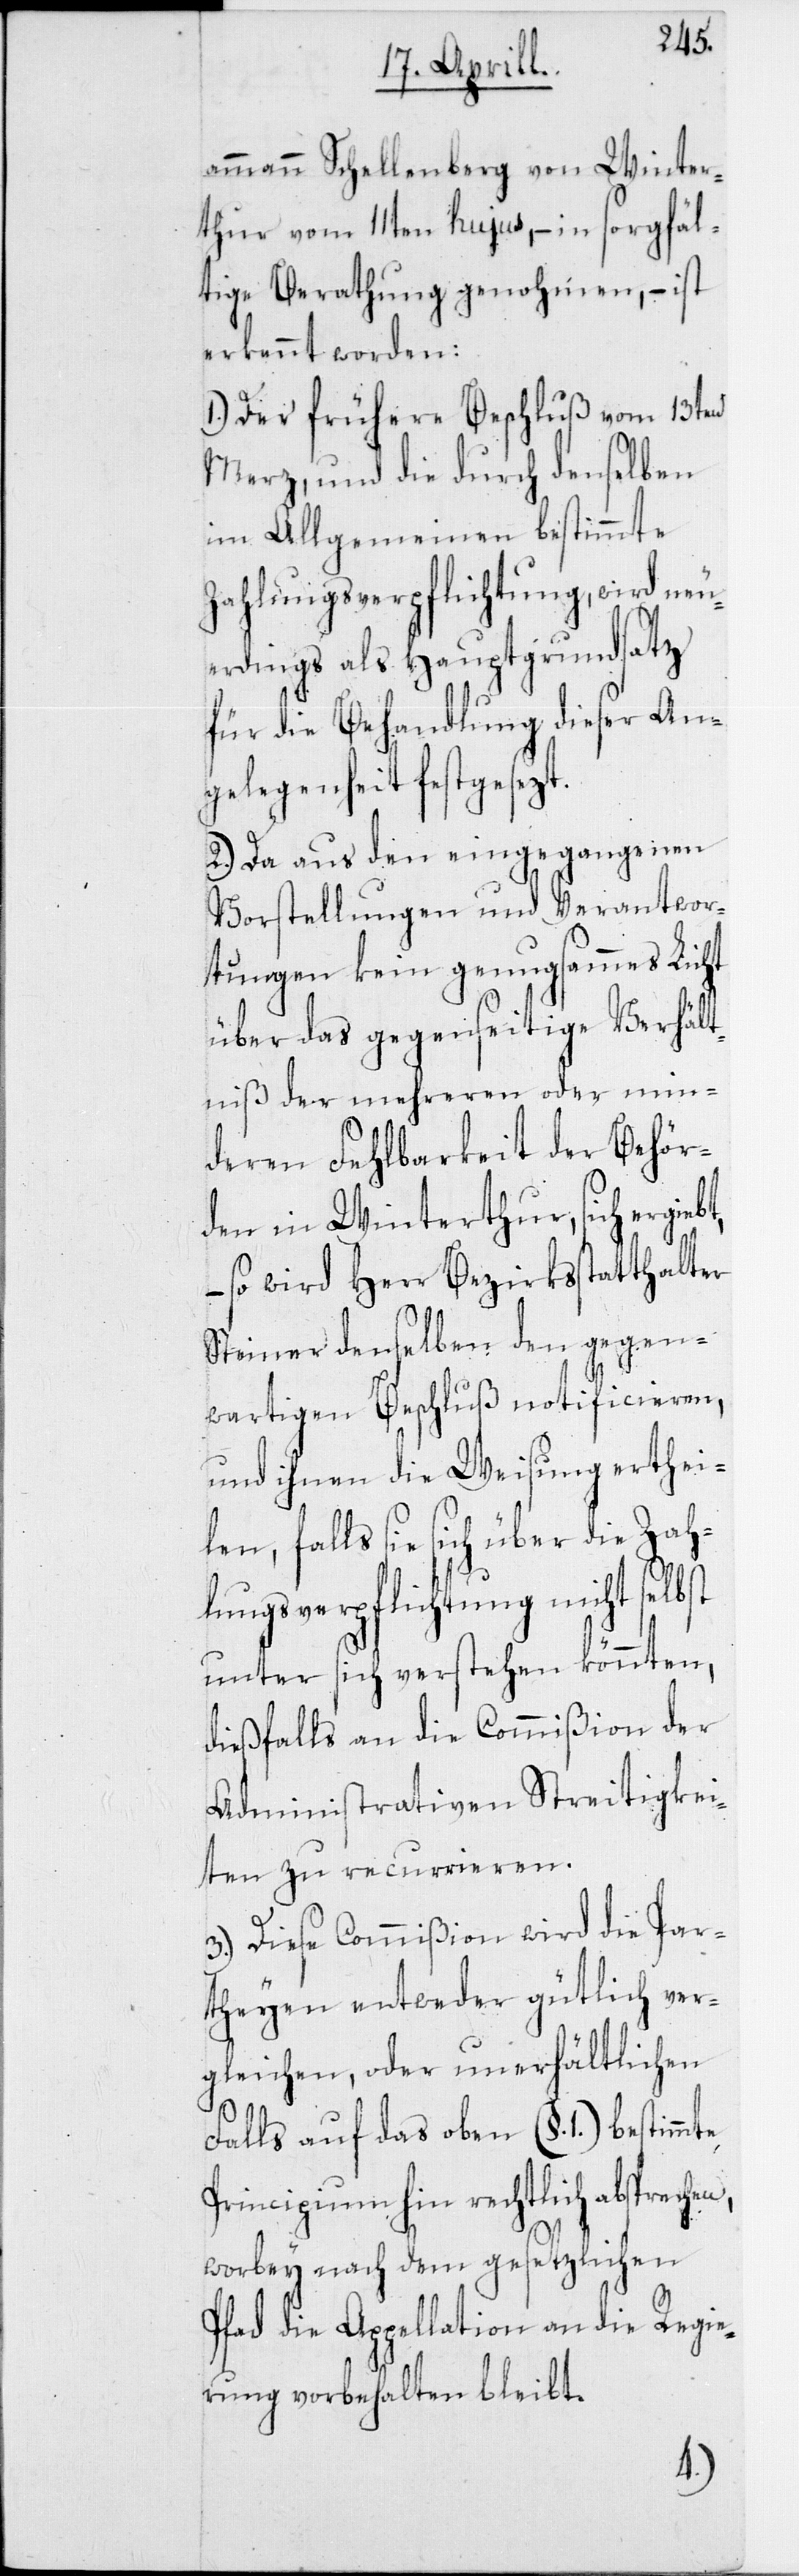
ammann Schellenberg von Winter¬
thur vom 11ten hujus, – in sorgfäl¬
tige Berathung genohmen, – ist
erkennt worden:
1. Der frühere Beschluß vom 13ten
Merz, und die durch denselben
im Allgemeinen bestimmte
Zahlungsverpflichtung, wird neu¬
erdings als Hauptgrundsatz
für die Behandlung dieser An¬
gelegenheit festgesezt.
2. Da aus den eingegangenen
Vorstellungen und Verantwor¬
tungen kein genugsammes Licht
über das gegenseitige Verhält¬
niß der mehreren oder min¬
deren Fehlbarkeit der Behör¬
den in Winterthur, sich ergie¬
– so wird Herr Bezirksstatthalter
Steiner denselben den gegen¬
wertigen Beschluß notificieren,
und ihnen die Weisung erthei¬
len, falls sie sich über die Zah¬
lungsverpflichtung nicht selbst
unter sich verstehen könnten,
dießfalls an die Commißion der
Administrativen Streitigkei¬
ten zu recurrieren.
3. Diese Commißion wird die Par¬
theyen entweder gütlich ver¬
gleichen, oder unerhältlichen
Falls auf das oben (§. 1.) bestimmte
Principium hin rechtlich absprechen,
worbey nach dem gesetzlichen
Pfad die Appellation an die Regie¬
rung vorbehalten bleibt.
bt,